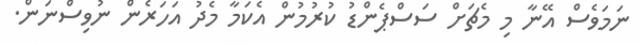
ނަމަވެސް އޭނާ މި މެޗަށް ސަސްޕެންޑު ކުރުމުން އެކަމާ މެދު އަހަރެން ނުވިސްނަން.